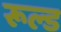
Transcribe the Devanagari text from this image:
रूल्ड